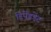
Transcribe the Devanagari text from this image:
डिपेंडडेंट